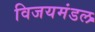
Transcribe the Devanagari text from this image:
विजयमंडल